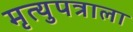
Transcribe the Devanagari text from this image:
मृत्युपत्राला